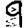
Digit: 9